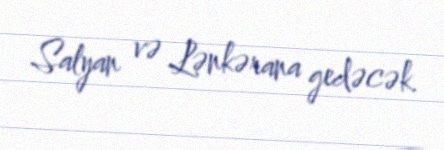
Salyan və Lənkərana gedəcək.